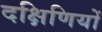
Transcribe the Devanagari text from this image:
दक्षिणियों